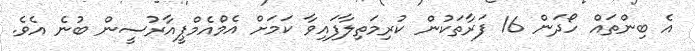
އެ ބިންތައް ހޯދަން 16 ފަރާތަކުން ކުރިމަތިލާފައިވާ ކަމަށް އެމްއެމްޕީއާރުސީން ބުނެ އެވެ.